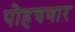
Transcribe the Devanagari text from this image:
पोहचणार